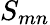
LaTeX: S_{mn}